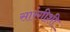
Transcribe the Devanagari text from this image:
सारंगीशी